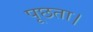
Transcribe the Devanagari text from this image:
पूछता।